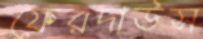
ফেরদাউস